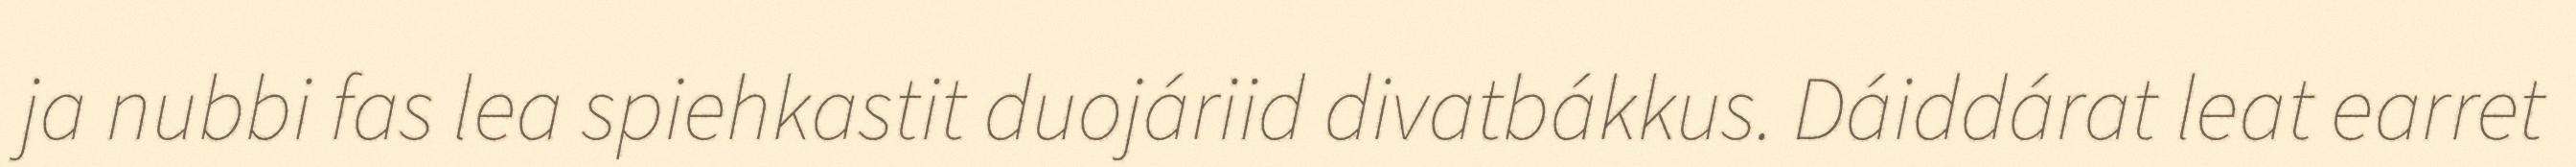
ja nubbi fas lea spiehkastit duojáriid divatbákkus. Dáiddárat leat earret